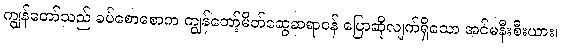
ကျွန်တော်သည် ခပ်စောစောက ကျွန်တော့်မိတ်ဆွေဆရာဝန် ပြောဆိုလျက်ရှိသော အင်မနီးစီးယား၊